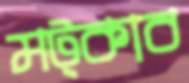
মট্‌কাব